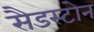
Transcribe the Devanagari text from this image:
सैडस्टोन